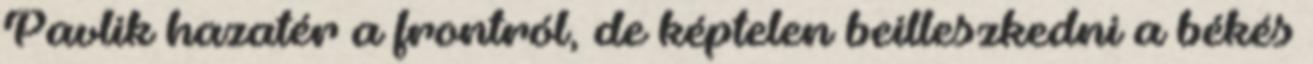
Pavlik hazatér a frontról, de képtelen beilleszkedni a békés